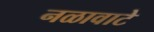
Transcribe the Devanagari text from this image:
नळावाटे